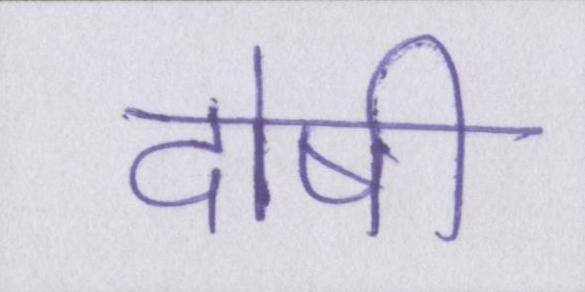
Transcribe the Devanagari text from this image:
दोषी